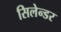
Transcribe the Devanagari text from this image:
सिलेन्डर